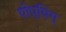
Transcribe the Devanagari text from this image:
पोप्पिग्